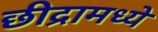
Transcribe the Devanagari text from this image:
छीद्रामध्ये